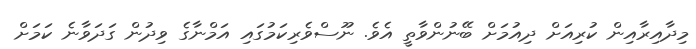
މިދާއިރާއިން ކުރިއަށް ދިއުމަށް ބޭނުންވާތީ އެވެ. ނޫސްވެރިކަމުގައި އަމްނާގެ ވިދުން ގަދަވާނެ ކަމަށް